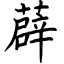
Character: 薜